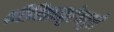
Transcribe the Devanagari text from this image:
परिमितातनुरेषापुरी